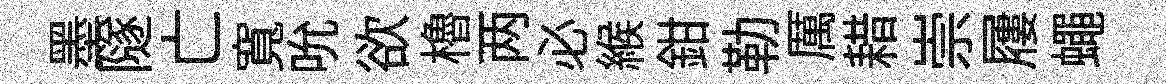
墨隧亡寬吮欲櫓两必緱鉗勒厲耤崇屨蠅